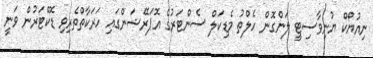
ނިއުޔޯކް ޔުނިވާސިޓީ ލަންގޮން ހެލްތު މެޑިކަލް ސެންޓަރުގެ އޮޕަރޭޝަންގައި ހަރަކާތްތެރިވި ޑޮކްޓަރުން ވަނީ